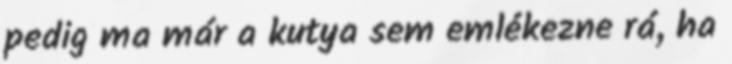
pedig ma már a kutya sem emlékezne rá, ha